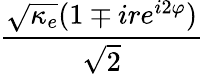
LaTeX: \frac{\sqrt{\kappa_{e}}(1\mp ire^{i2\varphi})}{\sqrt{2}}